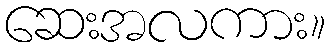
ဆေးအလကား။